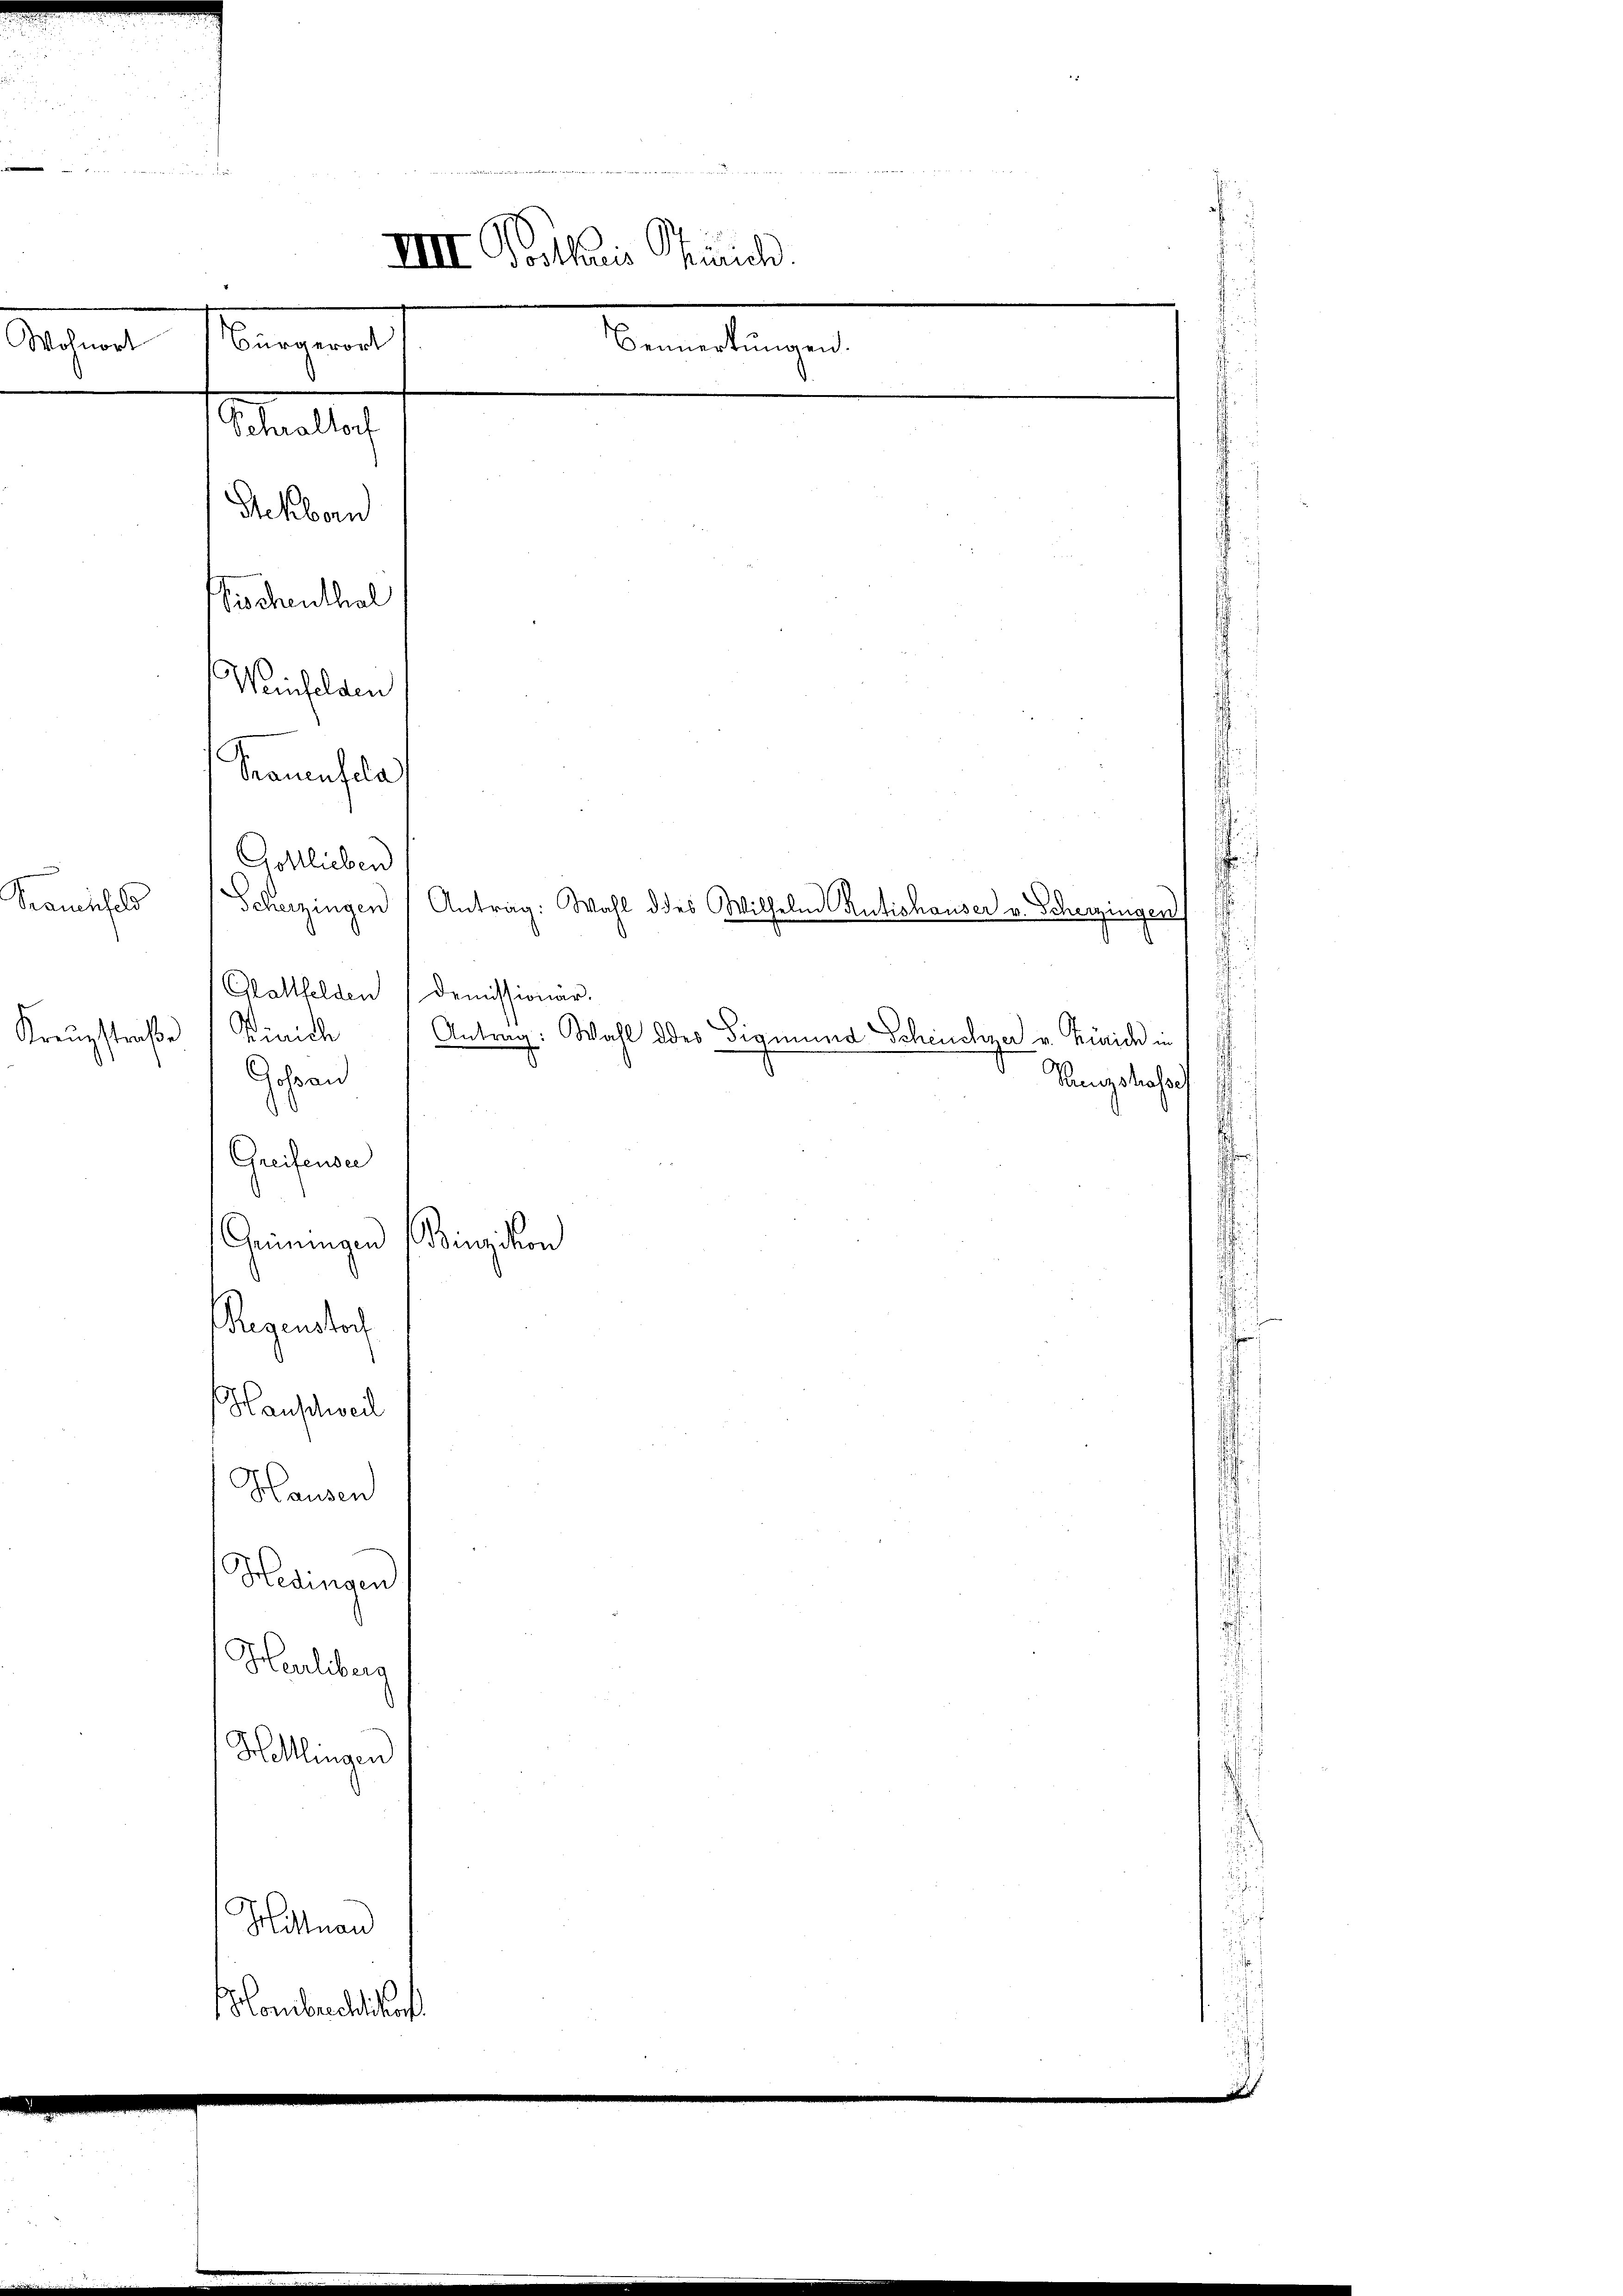
.

Wohnort

¬
Gottlieben
.
Glattfelden) Demissionär.
Kreuzstraße  Pinich
Antrag: Wahl des Sigmund Scheuchzer v. Zürich in
chran
Rungskasse
Greifensee
¬
Binzikon
Grüningen
Regenstoch
Hauschweil
Hausen
Hedingen
Herlberg
Helllingen
Hittnau

Prenischels

Bürgerort
Reckborn
Pischenthal
Winkelam
Trauensela

Staatlich

Combarellishof

IIII Vorthoris Spirich.
Bemerkungen.

Scherzingen Antrag: Wahl des Wilhelm Rütishauser v. Scherzingen

i